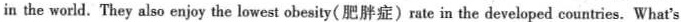
in the world.They also enjoy the lowest obesity(肥胖症)rate in the developed countries. What's